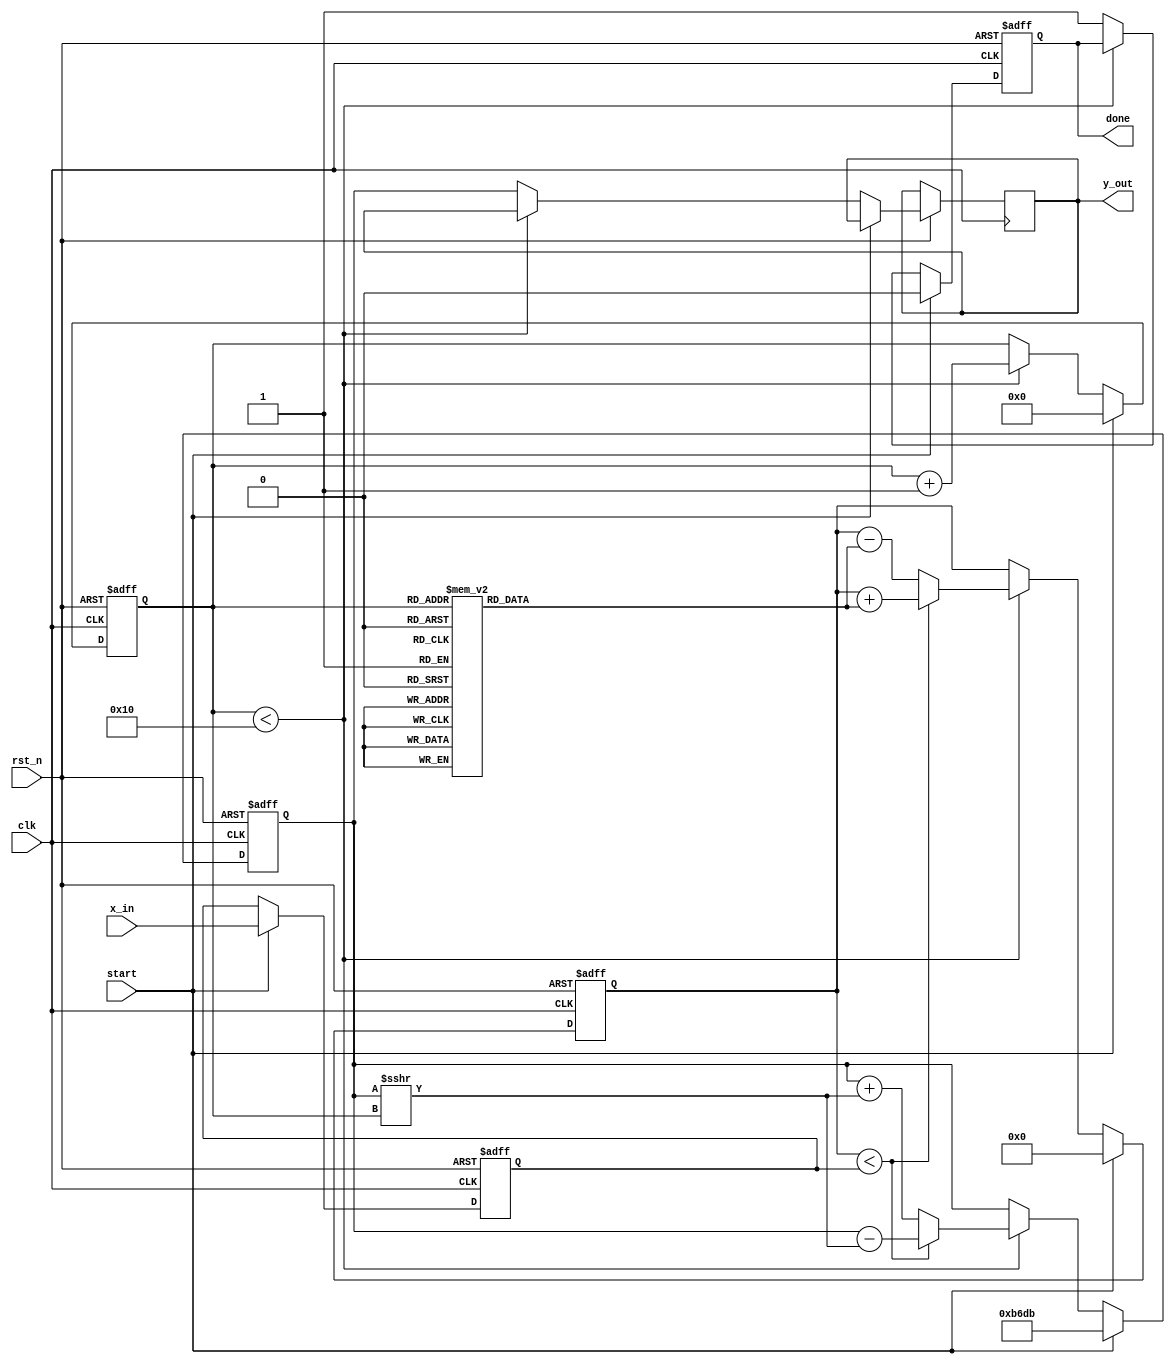
module cordic_exponential #(
    parameter DATA_WIDTH = 16,         // Width of input and output data
    parameter ITERATIONS = 16           // Number of CORDIC iterations
)(
    input wire clk,
    input wire rst_n,
    input wire start,
    input wire [DATA_WIDTH-1:0] x_in,  // Input exponent in fixed-point format
    output reg [DATA_WIDTH-1:0] y_out,  // Output result of exponential calculation
    output reg done                     // Calculation complete signal
);

    // Internal registers
    reg [DATA_WIDTH-1:0] x_reg, y_reg;  // X and Y registers
    reg [DATA_WIDTH-1:0] z_reg;          // Z register for angle accumulation
    reg [DATA_WIDTH-1:0] angle_table [0:ITERATIONS-1]; // Angle lookup table
    reg [3:0] iteration_counter;         // Iteration counter
    reg valid;                            // Valid signal to indicate ready output

    // CORDIC scaling factor (approximate for exponential)
    localparam CORDIC_SCALE = 16'hB6DB; // Fixed point representation of 1/sqrt(2)

    // Initialize angle lookup table (arctan values for exponential)
    initial begin
        angle_table[0] = 16'h0000; // atan(2^0)
        angle_table[1] = 16'h26DB; // atan(2^-1)
        angle_table[2] = 16'h1C71; // atan(2^-2)
        angle_table[3] = 16'h13B3; // atan(2^-3)
        // Add more values as needed for higher precision
        // Fill the rest of the table...
    end

    // Main CORDIC process
    always @(posedge clk or negedge rst_n) begin
        if (!rst_n) begin
            x_reg <= 0;
            y_reg <= CORDIC_SCALE; // Start with the scaling factor
            z_reg <= 0;
            iteration_counter <= 0;
            done <= 0;
            valid <= 0;
        end else if (start) begin
            // Initialize registers
            x_reg <= x_in;
            y_reg <= CORDIC_SCALE;
            z_reg <= 0;
            iteration_counter <= 0;
            done <= 0;
            valid <= 0;
        end else if (iteration_counter < ITERATIONS) begin
            // CORDIC iteration
            if (z_reg < x_reg) begin
                // Rotation in positive direction
                y_reg <= y_reg - (y_reg >>> iteration_counter);
                z_reg <= z_reg + angle_table[iteration_counter];
            end else begin
                // Rotation in negative direction
                y_reg <= y_reg + (y_reg >>> iteration_counter);
                z_reg <= z_reg - angle_table[iteration_counter];
            end
            
            // Update X register (not used in this specific case)
            x_reg <= x_reg; // Placeholder to show x_reg is updated but not used
            
            iteration_counter <= iteration_counter + 1;
        end else begin
            // Finished iterations
            y_out <= y_reg; // Final output
            done <= 1;      // Signal that calculation is done
            valid <= 1;     // Output is valid
        end
    end

endmodule